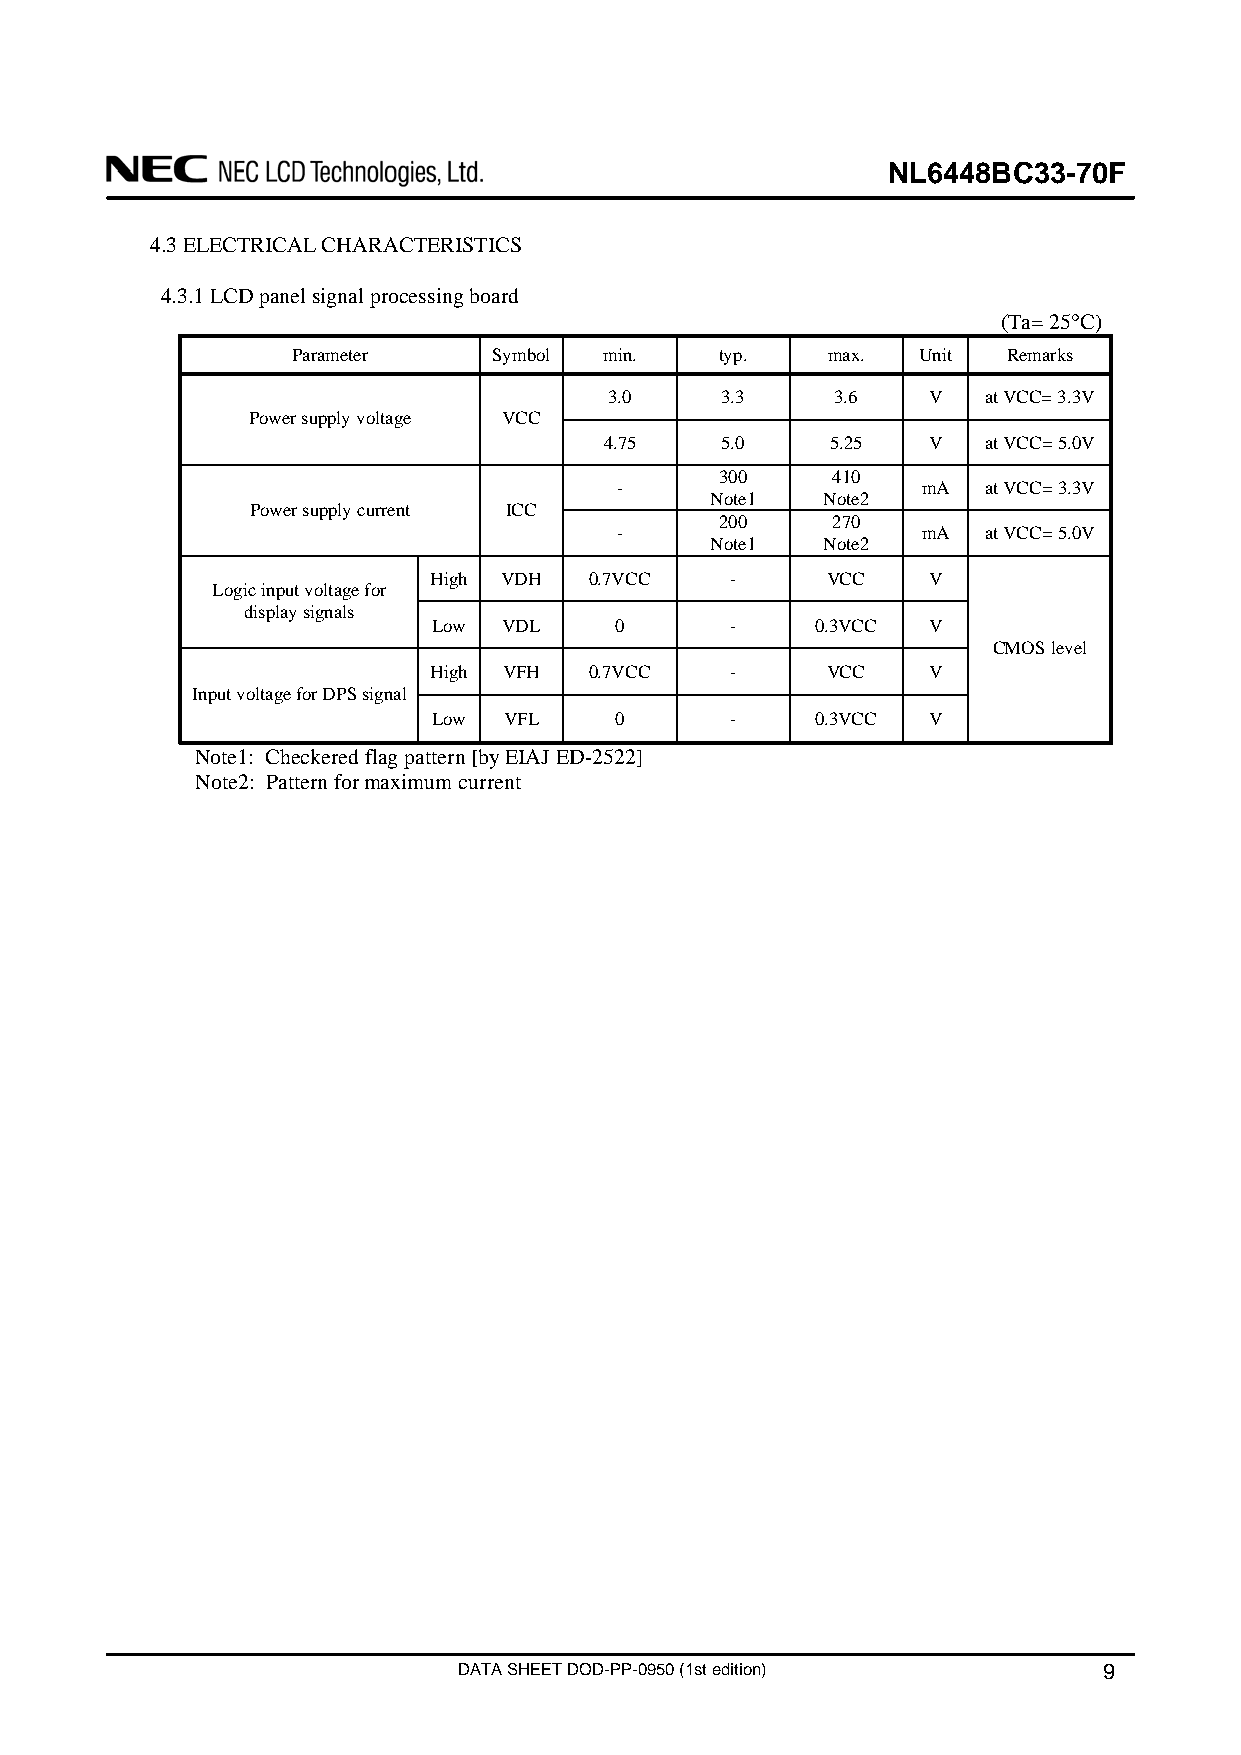
NL6448BC33-70F
 4.3 ELECTRICAL CHARACTERISTICS
 4.3.1 LCD panel signal processing board
 (Ta= 25°C)
 Parameter     Symbol min.    typ.   max.  Unit  Remarks
 3.0     3.3    3.6   V   at VCC= 3.3V
 Power supply voltage VCC
 4.75    5.0    5.25  V   at VCC= 5.0V
 300    410
 -                   mA  at VCC= 3.3V
 Note1  Note2
 Power supply current ICC
 200    270
 -                   mA  at VCC= 5.0V
 Note1  Note2
 High VDH   0.7VCC   -      VCC   V
 Logic input voltage for
 display signals
 Low VDL     0      -     0.3VCC V
 CMOS level
 High VFH   0.7VCC   -      VCC   V
 Input voltage for DPS signal
 Low VFL     0      -     0.3VCC V
 Note1: Checkered flag pattern [by EIAJ ED-2522]
 Note2: Pattern for maximum current
 DATA SHEET DOD-PP-0950 (1st edition)       9